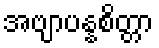
အဗျာပန္နစိတ္တာ